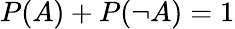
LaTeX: P(A)+P(\neg A)=1